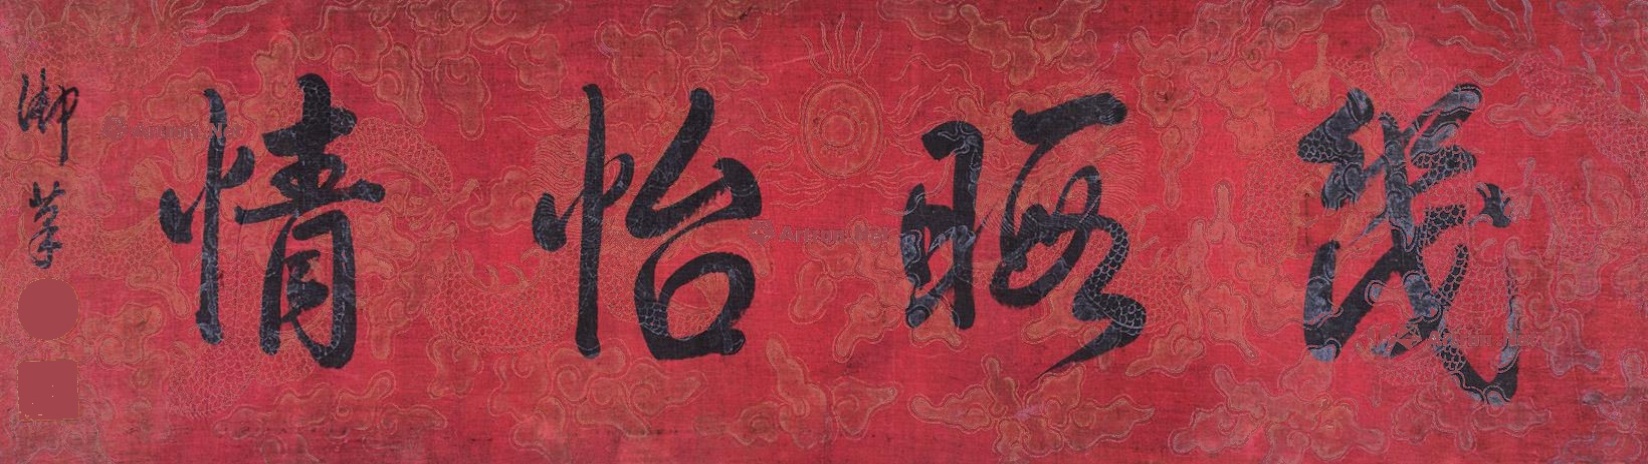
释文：几暇怡情乾隆